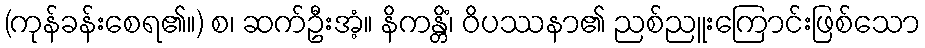
(ကုန်ခန်းစေရ၏။) စ၊ ဆက်ဦးအံ့။ နိကန္တိံ၊ ဝိပဿနာ၏ ညစ်ညူးကြောင်းဖြစ်သော